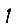
Digit: 1